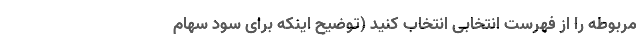
مربوطه را از فهرست انتخابی انتخاب کنید (توضیح اینکه برای سود سهام